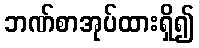
ဘဏ်စာအုပ်ထားရှိ၍